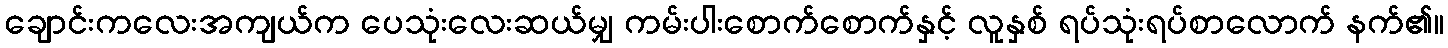
ချောင်းကလေးအကျယ်က ပေသုံးလေးဆယ်မျှ ကမ်းပါးစောက်စောက်နှင့် လူနှစ် ရပ်သုံးရပ်စာလောက် နက်၏။